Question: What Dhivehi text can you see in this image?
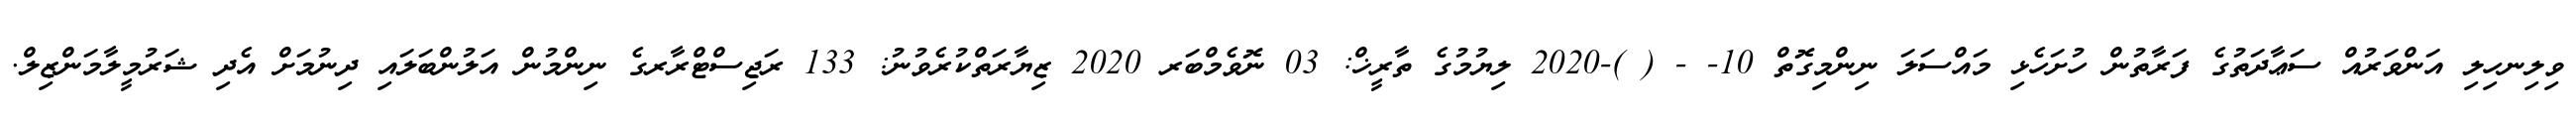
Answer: ވިލިނހިލި އަންވަރުއް ސަޢާދަތުގެ ފަރާތުން ހުށަހެޅި މައްސަލަ ނިންމިގޮތް 10- - ( )-2020 ލިޔުމުގެ ތާރީޚް: 03 ނޮވެމްބަރ 2020 ޒިޔާރަތްކުރެވުނު: 133 ރަޖިސްޓްރާރގެ ނިންމުން އަލުންބަލައި ދިނުމަށް އެދި ޝަރުމީލާމަންޒިލް.